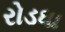
રોડધા